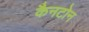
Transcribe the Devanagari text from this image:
कैनटोन